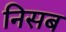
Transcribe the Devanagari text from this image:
निसब